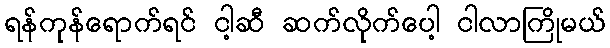
ရန်ကုန်ရောက်ရင် ငါ့ဆီ ဆက်လိုက်ပေါ့ ငါလာကြိုမယ်